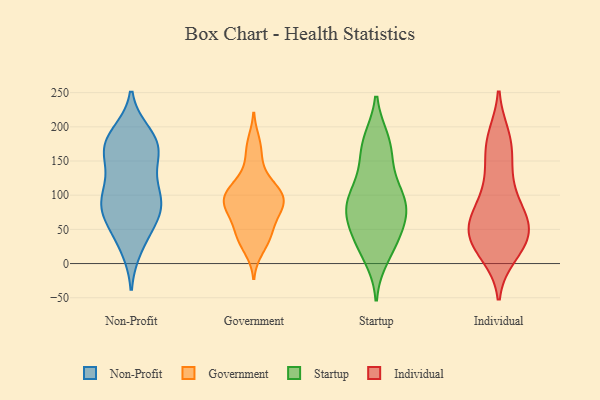
{"axis": {"x": "LTV (USD)", "y": "Value"}, "legend": ["Government", "Individual", "Non-Profit", "Startup"], "data": [{"x": "", "y": 175, "type": "Non-Profit"}, {"x": "", "y": 181, "type": "Non-Profit"}, {"x": "", "y": 93, "type": "Non-Profit"}, {"x": "", "y": 142, "type": "Non-Profit"}, {"x": "", "y": 24, "type": "Non-Profit"}, {"x": "", "y": 154, "type": "Non-Profit"}, {"x": "", "y": 178, "type": "Non-Profit"}, {"x": "", "y": 95, "type": "Non-Profit"}, {"x": "", "y": 68, "type": "Non-Profit"}, {"x": "", "y": 168, "type": "Non-Profit"}, {"x": "", "y": 117, "type": "Non-Profit"}, {"x": "", "y": 78, "type": "Non-Profit"}, {"x": "", "y": 99, "type": "Non-Profit"}, {"x": "", "y": 68, "type": "Non-Profit"}, {"x": "", "y": 32, "type": "Non-Profit"}, {"x": "", "y": 170, "type": "Non-Profit"}, {"x": "", "y": 96, "type": "Non-Profit"}, {"x": "", "y": 65, "type": "Non-Profit"}, {"x": "", "y": 189, "type": "Non-Profit"}, {"x": "", "y": 32, "type": "Government"}, {"x": "", "y": 41, "type": "Government"}, {"x": "", "y": 141, "type": "Government"}, {"x": "", "y": 92, "type": "Government"}, {"x": "", "y": 80, "type": "Government"}, {"x": "", "y": 177, "type": "Government"}, {"x": "", "y": 99, "type": "Government"}, {"x": "", "y": 86, "type": "Government"}, {"x": "", "y": 167, "type": "Government"}, {"x": "", "y": 72, "type": "Government"}, {"x": "", "y": 96, "type": "Government"}, {"x": "", "y": 51, "type": "Government"}, {"x": "", "y": 87, "type": "Government"}, {"x": "", "y": 66, "type": "Government"}, {"x": "", "y": 99, "type": "Government"}, {"x": "", "y": 119, "type": "Government"}, {"x": "", "y": 109, "type": "Government"}, {"x": "", "y": 109, "type": "Government"}, {"x": "", "y": 21, "type": "Government"}, {"x": "", "y": 40, "type": "Government"}, {"x": "", "y": 90, "type": "Startup"}, {"x": "", "y": 179, "type": "Startup"}, {"x": "", "y": 28, "type": "Startup"}, {"x": "", "y": 37, "type": "Startup"}, {"x": "", "y": 177, "type": "Startup"}, {"x": "", "y": 146, "type": "Startup"}, {"x": "", "y": 80, "type": "Startup"}, {"x": "", "y": 80, "type": "Startup"}, {"x": "", "y": 101, "type": "Startup"}, {"x": "", "y": 113, "type": "Startup"}, {"x": "", "y": 34, "type": "Startup"}, {"x": "", "y": 92, "type": "Startup"}, {"x": "", "y": 69, "type": "Startup"}, {"x": "", "y": 169, "type": "Startup"}, {"x": "", "y": 11, "type": "Startup"}, {"x": "", "y": 66, "type": "Startup"}, {"x": "", "y": 125, "type": "Individual"}, {"x": "", "y": 30, "type": "Individual"}, {"x": "", "y": 14, "type": "Individual"}, {"x": "", "y": 20, "type": "Individual"}, {"x": "", "y": 87, "type": "Individual"}, {"x": "", "y": 68, "type": "Individual"}, {"x": "", "y": 63, "type": "Individual"}, {"x": "", "y": 56, "type": "Individual"}, {"x": "", "y": 166, "type": "Individual"}, {"x": "", "y": 39, "type": "Individual"}, {"x": "", "y": 42, "type": "Individual"}, {"x": "", "y": 184, "type": "Individual"}, {"x": "", "y": 67, "type": "Individual"}, {"x": "", "y": 130, "type": "Individual"}, {"x": "", "y": 185, "type": "Individual"}, {"x": "", "y": 58, "type": "Individual"}, {"x": "", "y": 96, "type": "Individual"}, {"x": "", "y": 23, "type": "Individual"}, {"x": "", "y": 170, "type": "Individual"}, {"x": "", "y": 39, "type": "Individual"}]}